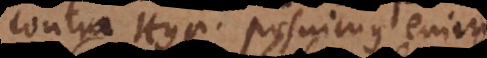
contra Hypothesin. Posuimus enim